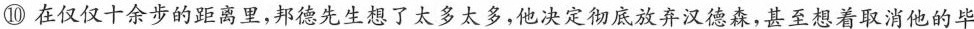
⑩在仅仅十余步的距离里，邦德先生想了太多太多，他决定彻底放弃汉德森，甚至想着取消他的毕